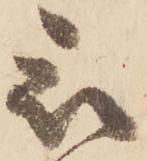
被